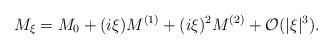
LaTeX: \begin{align*}M_\xi = M_0 + (i\xi) M^{(1)} + (i\xi)^2M^{(2)}+\mathcal{O}(|\xi|^3).\end{align*}